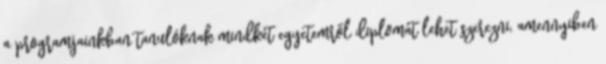
a programjainkban tanulóknak mindkét egyetemről diplomát lehet szerezni, amennyiben